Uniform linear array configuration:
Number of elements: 32
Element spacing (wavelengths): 0.75
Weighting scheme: uniform
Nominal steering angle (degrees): -60
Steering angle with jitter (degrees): -58.75
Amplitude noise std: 0.05
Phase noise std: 0.05

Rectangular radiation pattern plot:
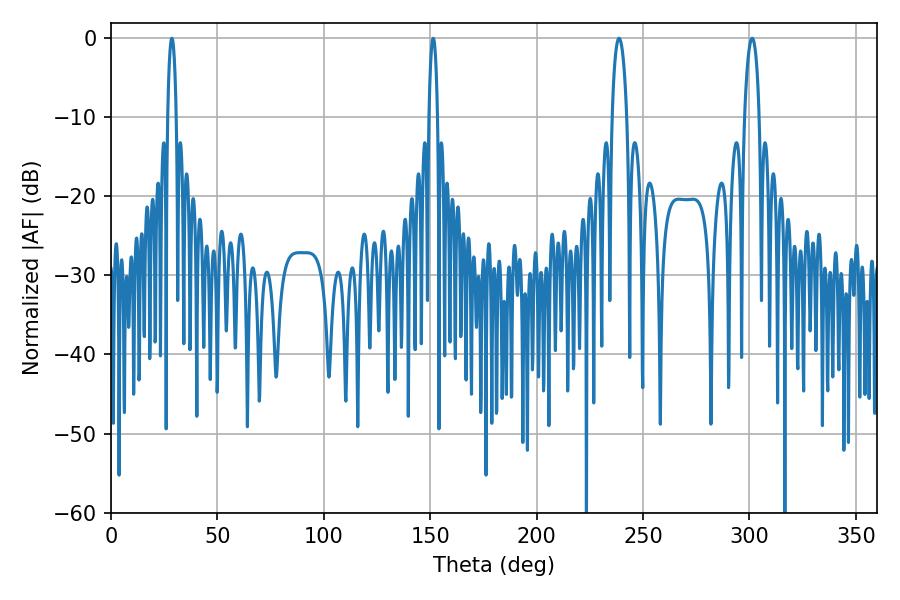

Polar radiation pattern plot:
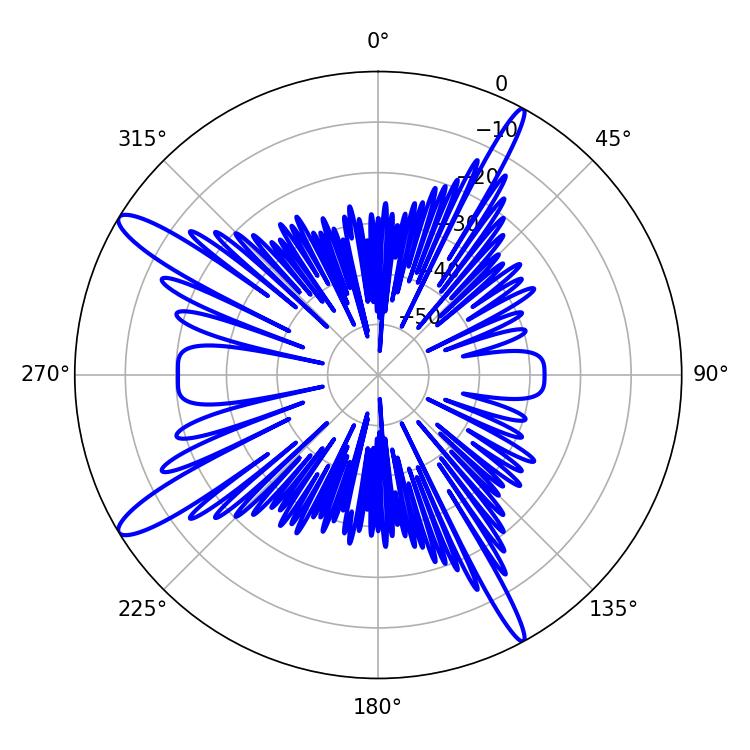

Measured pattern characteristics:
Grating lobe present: TRUE
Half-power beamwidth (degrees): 2.16
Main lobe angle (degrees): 28.62